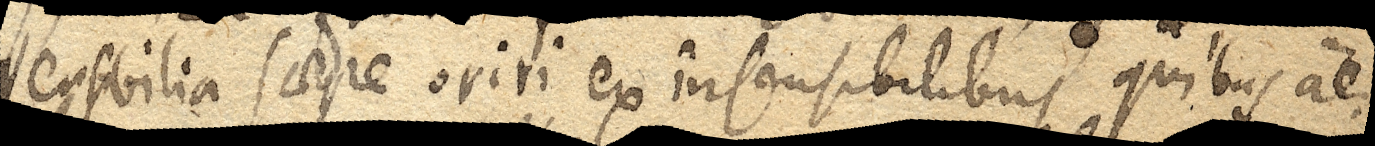
sensibilia saepe oriri ex insensibilibus quibus aer